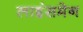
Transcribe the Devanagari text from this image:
लाइंसमेन